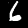
Digit: 6